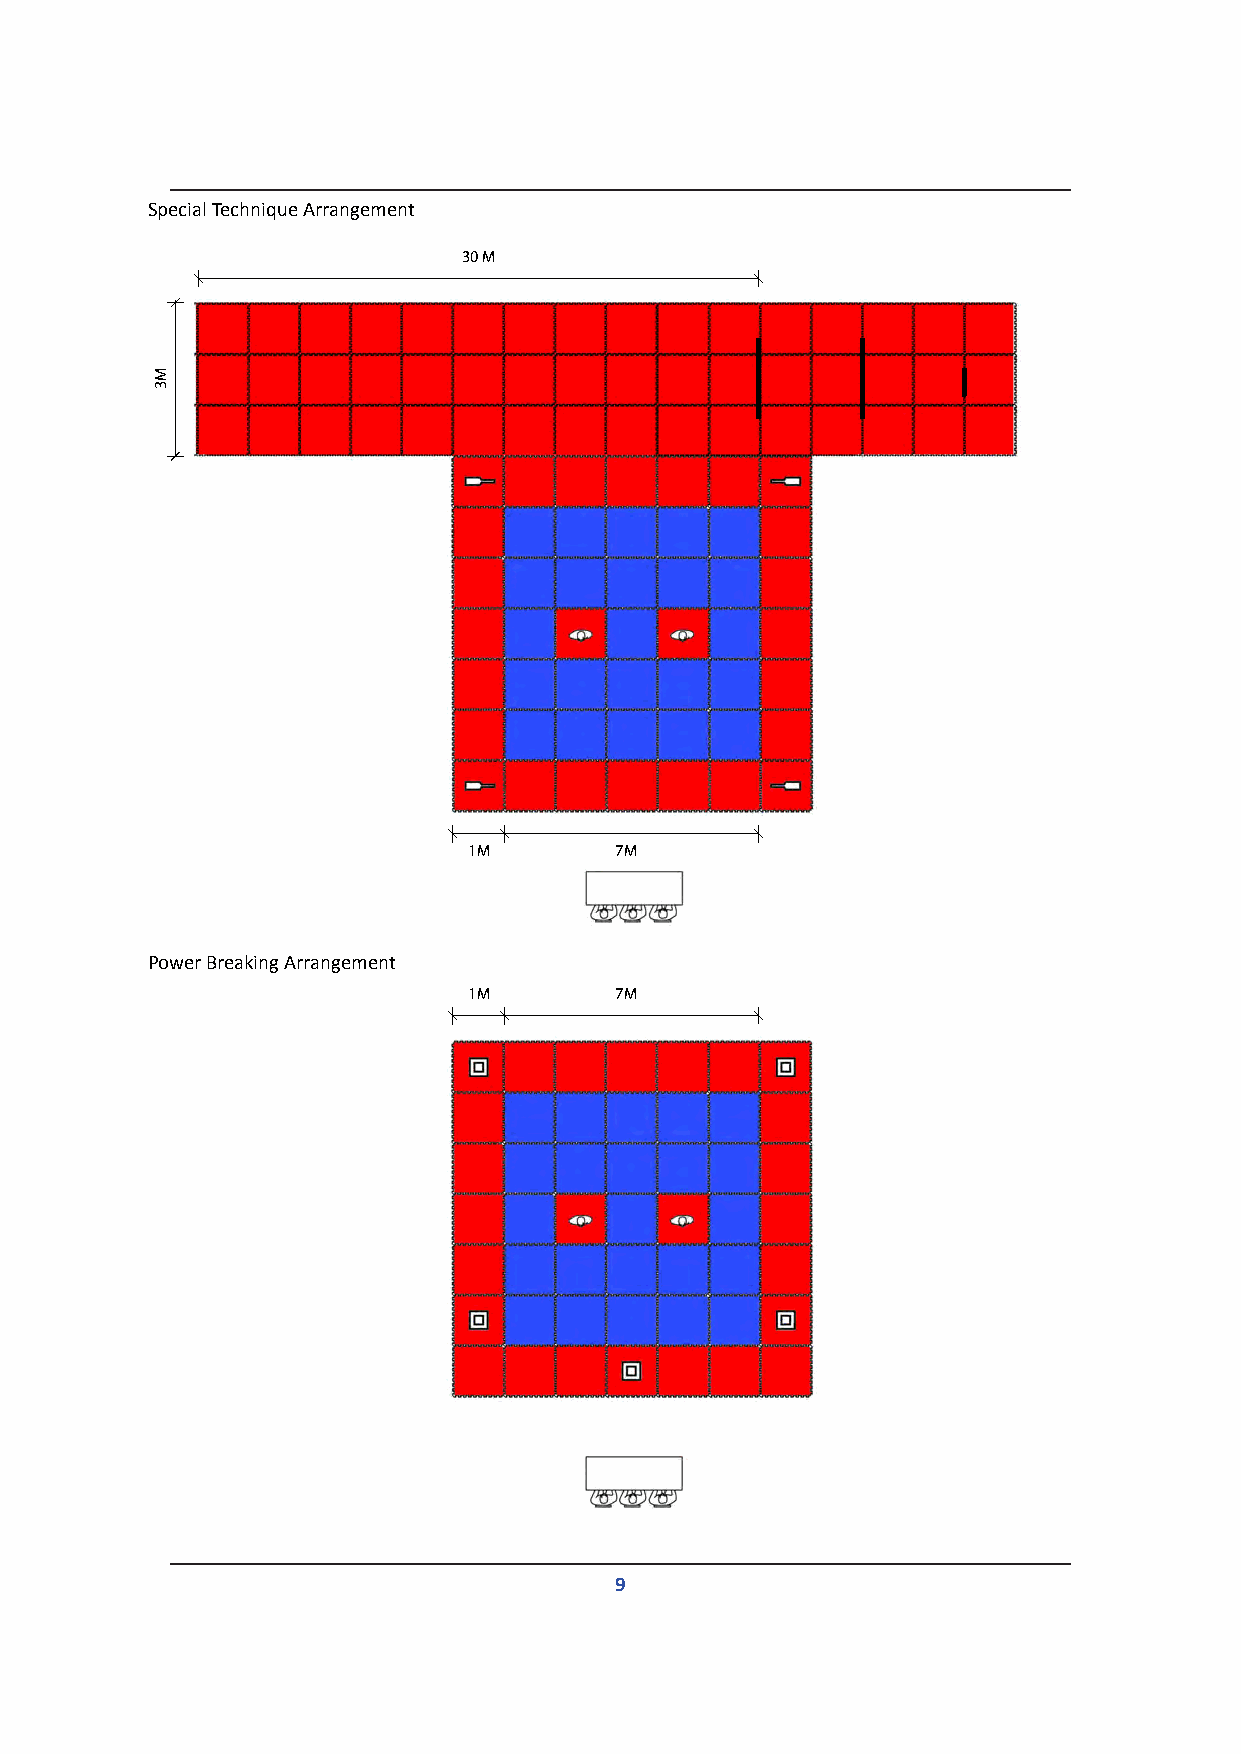
Special Technique Arrangement
 30 M
 1M        7M
 Power Breaking Arrangement
 1M        7M
 9
 M3